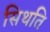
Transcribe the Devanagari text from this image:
सिथति